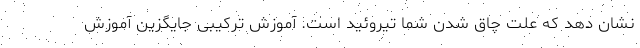
نشان دهد که علت چاق شدن شما تیروئید است. آموزش ترکیبی جایگزین آموزش